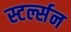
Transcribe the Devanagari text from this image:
स्टर्ल्सन